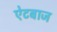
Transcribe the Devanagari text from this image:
ऐटबाज